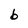
Character: b